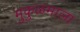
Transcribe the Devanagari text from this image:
मुकुळमाला